Annual report on the mental hospital in the Central Provinces and Berar (Nagpur) - 1927-1951
Year: 1927
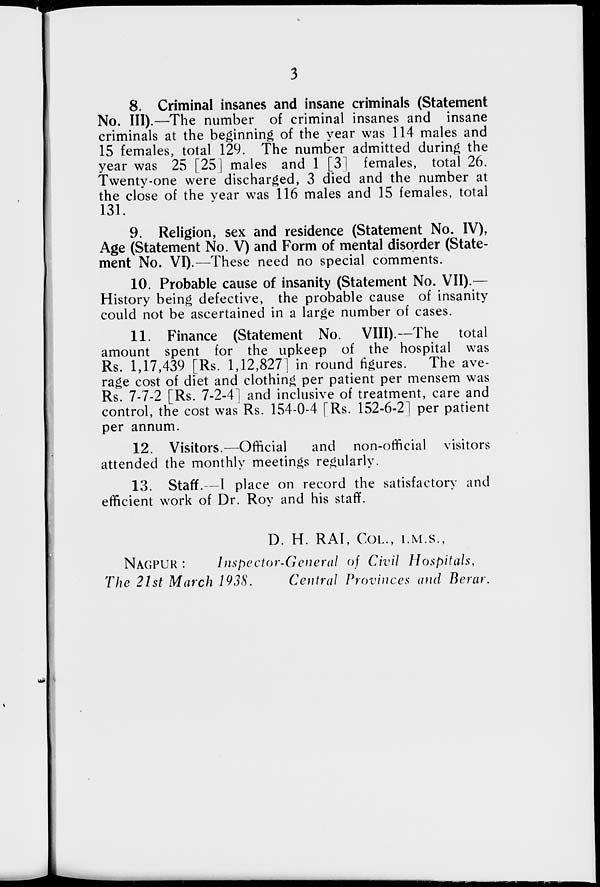
3
8. Criminal insanes and insane criminals (Statement
No. III).—The number of criminal insanes and insane
criminals at the beginning of the year was 114 males and
15 females, total 129. The number admitted during the
year was 25 [25] males and 1 [3] females, total 26.
Twenty-one were discharged, 3 died and the number at
the close of the year was 116 males and 15 females, total
131.
9. Religion, sex and residence (Statement No. IV),
Age (Statement No. V) and Form of mental disorder (State-
ment No. VI).—These need no special comments.
10. Probable cause of insanity (Statement No. VII).—
History being defective, the probable cause of insanity
could not be ascertained in a large number of cases.
11. Finance (Statement No. VIII).—The total
amount spent for the upkeep of the hospital was
Rs. 1,17,439 [Rs. 1,12,827] in round figures. The ave-
rage cost of diet and clothing per patient per mensem was
Rs. 7-7-2 [Rs. 7-2-4] and inclusive of treatment, care and
control, the cost was Rs. 154-0-4 [Rs. 152-6-2] per patient
per annum.
12. Visitors.—Official
and non-official visitors
attended the monthly meetings regularly.
13. Staff.—I place on record the satisfactory and
efficient work of Dr. Roy and his staff.
D. H. RAI, COL., I.M.S.,
NAGPUR :
Inspector-General of Civil Hospitals,
The 21st March 1938.
Central Provinces and Berar.